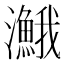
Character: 𤄣